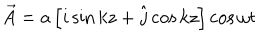
\vec { A } = a \left[ i \sin k z + \hat { j } \cos k z \right] \cos \omega t